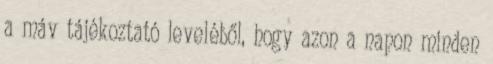
a máv tájékoztató leveléből, hogy azon a napon minden